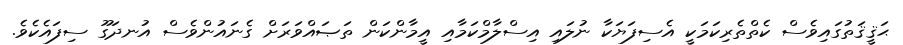
ޙަޤީޤަތުގައިވެސް ކެތްތެރިކަމަކީ އެސިފަޔަކާ ނުލައި އިސްލާމްކަމާއި އީމާންކަން ތަޞައްވަރަށް ގެނައުންވެސް އުނދަގޫ ސިފައެކެވެ.